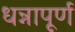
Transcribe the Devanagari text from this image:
धन्नापूर्ण